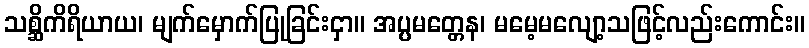
သစ္ဆိကိရိယာယ၊ မျက်မှောက်ပြုခြင်းငှာ။ အပ္ပမတ္တေန၊ မမေ့မလျော့သဖြင့်လည်းကောင်း။